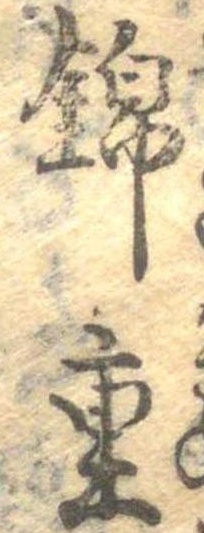
錦重